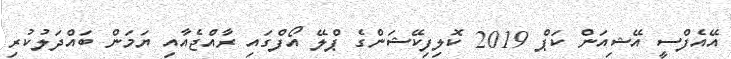
އޭއެފްސީ އޭޝިއަން ކަޕް 2019 ކޮލިފިކޭޝަންގެ ޕްލޭ އޯފްގައި ރާއްޖެއާއި ޔަމަން ބައްދަލުކުރި